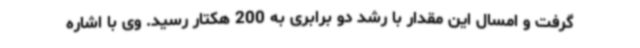
گرفت و امسال این مقدار با رشد دو برابری به 200 هکتار رسید. وی با اشاره